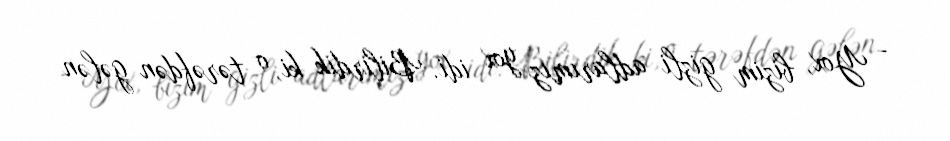
- Yox, bizim gizli adlarımız yox idi. Bilirdik ki, o tərəfdən gələn